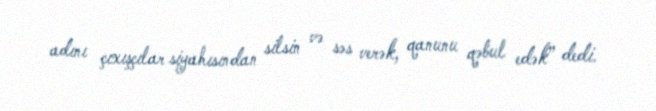
adını çıxışçılar siyahısından silsin və səs verək, qanunu qəbul edək” dedi.